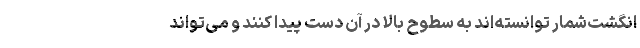
انگشت‌شمار توانسته‌اند به سطوح بالا در آن دست پیدا کنند و می‌تواند